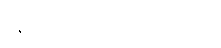
အသာပွေ့ယူလိုက်သည်။